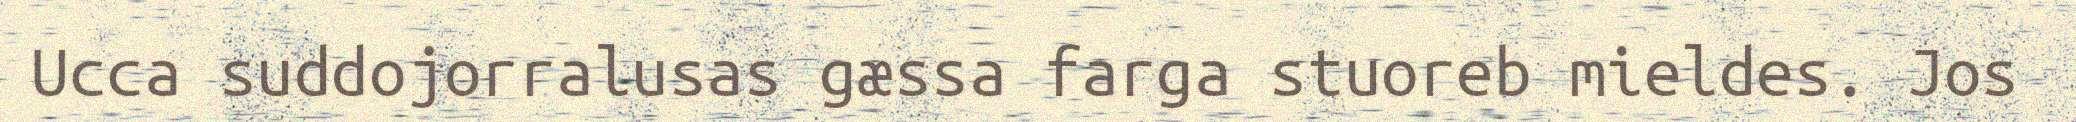
Ucca suddojorralusas gæssa farga stuoreb mieldes. Jos